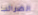
الضرائب